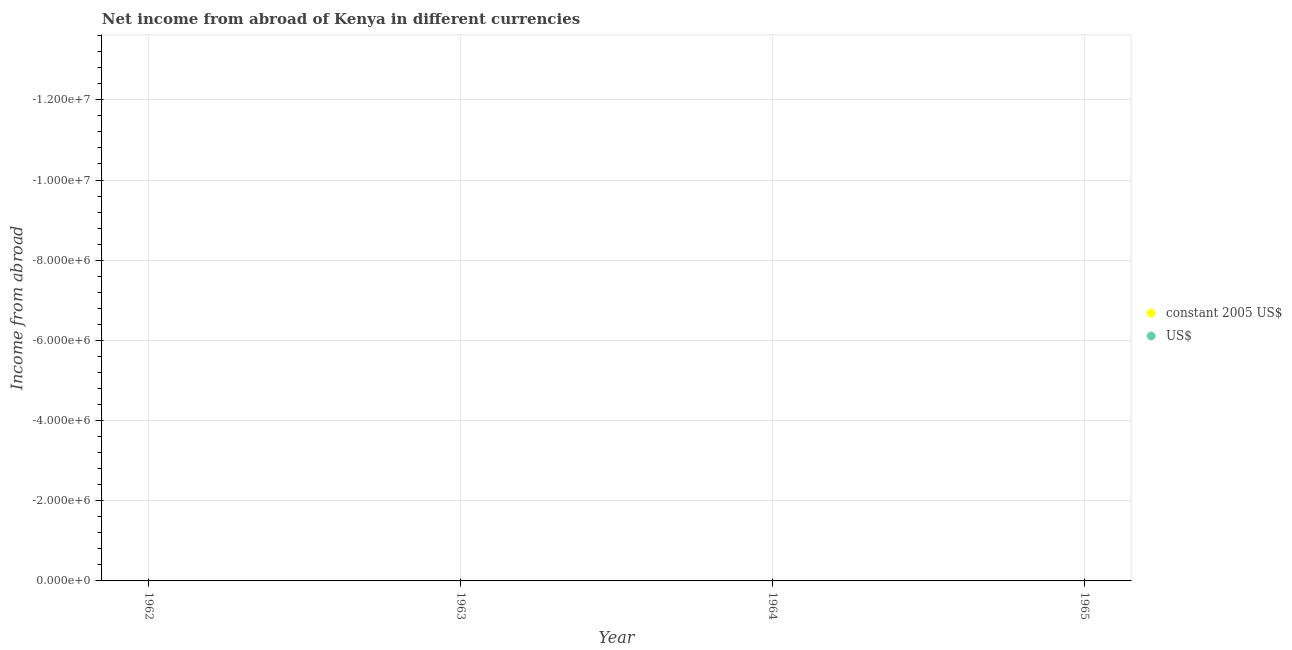
| Year | constant 2005 US$ | US$ |
 | --- | --- | --- |
 | 1962 | -1.65e+08 | -2.31e+07 |
 | 1963 | -1.98e+08 | -2.77e+07 |
 | 1964 | -2.12e+08 | -2.97e+07 |
 | 1965 | -1.86e+08 | -2.6e+07 |